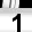
Digit: 1